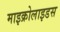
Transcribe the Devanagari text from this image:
माइक्रोलाइडस